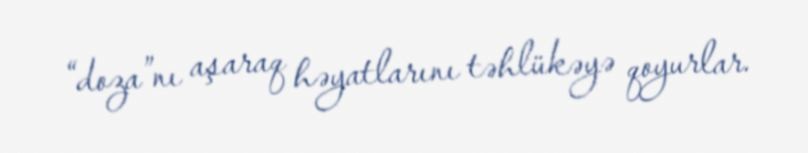
“doza”nı aşaraq həyatlarını təhlükəyə qoyurlar.